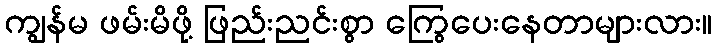
ကျွန်မ ဖမ်းမိဖို့ ဖြည်းညင်းစွာ ကြွေပေးနေတာများလား။